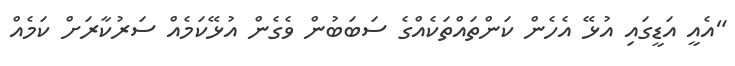
"އެއީ އަޑީގައި އުޅޭ އެހެން ކަންތައްތަކެއްގެ ސަބަބުން ވެގެން އުޅޭކަމެއް ސަރުކާރަށް ކަމެއް